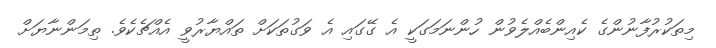
މިތަކުރުފާނުންގެ ކެއިންބެއްލެވުން ހުންނަމަގަކީ އެ ގޭގައި އެ ވަގުތަކަށް ތައްޔާރުވީ އެއްޗެކެވެ. ތިމަންނާޔަށް